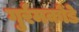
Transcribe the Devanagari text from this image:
गुर्रमकोंडे